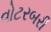
વોટરબરી